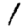
Digit: 1